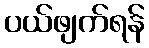
ပယ်ဖျက်ရန်